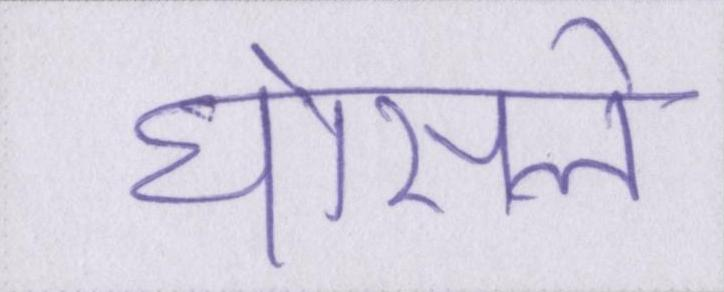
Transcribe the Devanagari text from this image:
घोसले